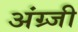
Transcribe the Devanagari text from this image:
अंग्र्जी